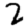
Digit: 2